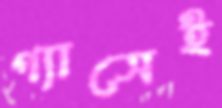
গ্যাসেই